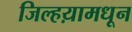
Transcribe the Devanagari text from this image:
जिल्हय़ामधून